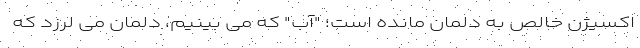
اکسیژن خالص به دلمان مانده است؛ "آب" که می بینیم، دلمان می لرزد که